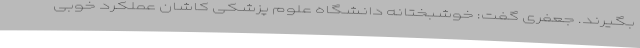
بگیرند. جعفری گفت: خوشبختانه دانشگاه علوم پزشکی کاشان عملکرد خوبی